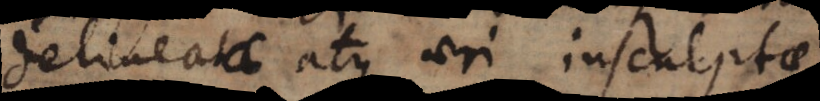
delineatae atque aeri insculptae